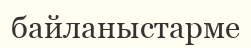
байланыстарме